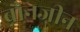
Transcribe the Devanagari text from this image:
बौनजीन